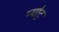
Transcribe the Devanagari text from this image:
प्योट्र